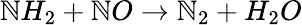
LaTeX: \mathbb{N}H_{2}+\mathbb{N}O\rightarrow\mathbb{N}_{2}+H_{2}O